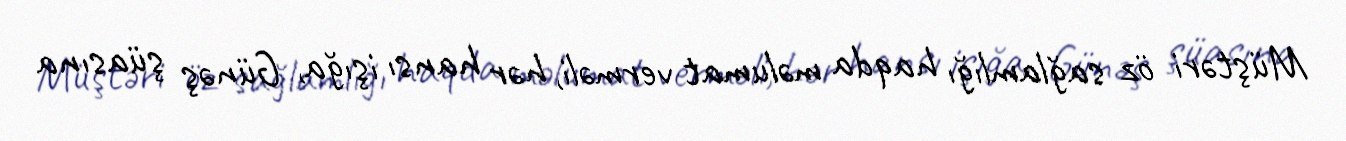
Müştəri öz sağlamlığı haqda məlumat verməli, hər hansı işığa, Günəş şüasına